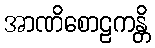
အာဏိစောဠကန္တိ